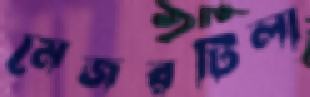
মেজরটিলা